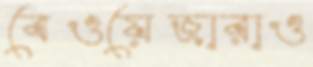
বেওয়েজারাও